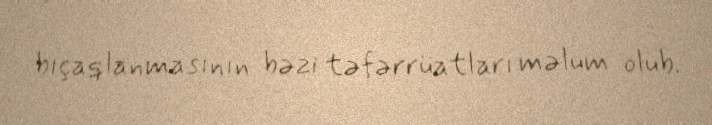
bıçaqlanmasının bəzi təfərrüatları məlum olub.